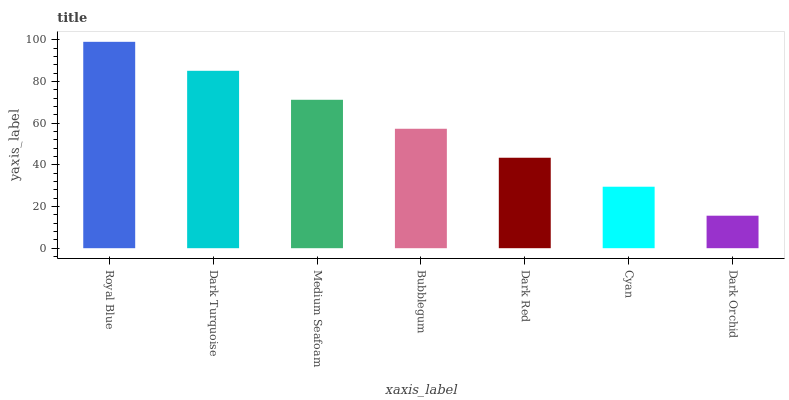
| xaxis_label | bars |
 | --- | --- |
 | Royal Blue | 99 |
 | Dark Turquoise | 85.1 |
 | Medium Seafoam | 71.2 |
 | Bubblegum | 57.3 |
 | Dark Red | 43.4 |
 | Cyan | 29.5 |
 | Dark Orchid | 15.6 |